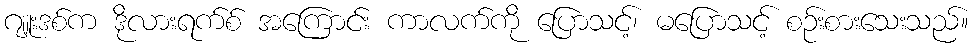
ဂျူးဒစ်က ဒိုလားရက်စ် အကြောင်း ကာလက်ကို ပြောသင့်၊ မပြောသင့် စဉ်းစားသေးသည်။